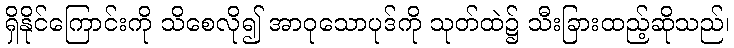
ရှိနိုင်ကြောင်းကို သိစေလို၍ အာဝုသောပုဒ်ကို သုတ်ထဲ၌ သီးခြားထည့်ဆိုသည်၊